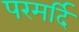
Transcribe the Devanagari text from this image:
परमर्दि